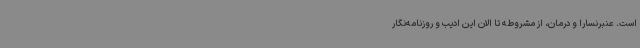
است. عنبرنسارا و درمان، از مشروطه تا الان این ادیب و روزنامه‌نگار